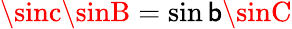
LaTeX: \sinc\sinB=\sin\mathsf{b}\sinC